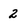
Character: 2